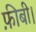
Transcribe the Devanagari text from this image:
फ़ीबी।